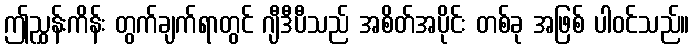
ဤညွှန်းကိန်း တွက်ချက်ရာတွင် ဂျီဒီပီသည် အစိတ်အပိုင်း တစ်ခု အဖြစ် ပါဝင်သည်။